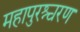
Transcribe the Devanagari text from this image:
महापुरश्चरण